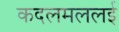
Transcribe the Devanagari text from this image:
कदलमललई